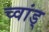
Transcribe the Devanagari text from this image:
च्वांड्